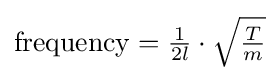
{\textstyle \mathrm {frequency} ={\frac {1}{2l}}\cdot {\sqrt {\frac {T}{m}}}}